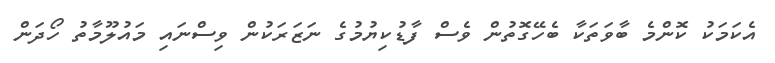
އެކަމަކު ކޮންމެ ބާވަތަކާ ބެހޭގޮތުން ވެސް ފާޑުކިޔުމުގެ ނަޒަރަކުން ވިސްނައި މައުލޫމާތު ހޯދަން